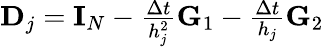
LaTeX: \begin{array}{r}{\mathbf{D}_{j}=\mathbf{I}_{N}-\frac{\Delta t}{h_{j}^{2}}\mathbf{G}_{1}-\frac{\Delta t}{h_{j}}\mathbf{G}_{2}}\end{array}